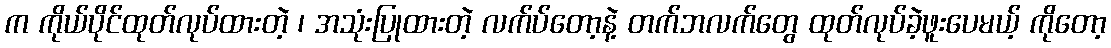
က ကိုယ်ပိုင်ထုတ်လုပ်ထားတဲ့ ၊ အသုံးပြုထားတဲ့ လက်ပ်တော့နဲ့ တက်ဘလက်တွေ ထုတ်လုပ်ခဲ့ဖူးပေမယ့် ကိုတော့